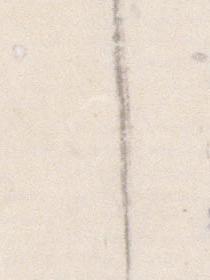
し